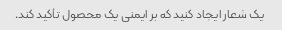
یک شعار ایجاد کنید که بر ایمنی یک محصول تأکید کند.